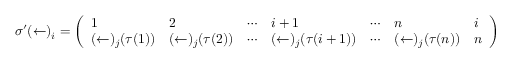
\sigma ^ { \prime } ( \leftarrow ) _ { i } = { \left( \begin{array} { l l l l l l l } { 1 } & { 2 } & { \cdots } & { i + 1 } & { \cdots } & { n } & { i } \\ { ( \leftarrow ) _ { j } ( \tau ( 1 ) ) } & { ( \leftarrow ) _ { j } ( \tau ( 2 ) ) } & { \cdots } & { ( \leftarrow ) _ { j } ( \tau ( i + 1 ) ) } & { \cdots } & { ( \leftarrow ) _ { j } ( \tau ( n ) ) } & { n } \end{array} \right) }